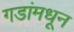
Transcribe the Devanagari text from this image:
गडांमधून